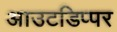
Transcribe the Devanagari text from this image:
आउटडिप्पर